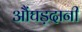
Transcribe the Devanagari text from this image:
औंघड़दानी